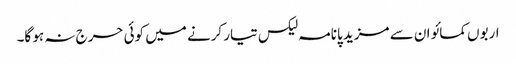
اربوں کمائو ان سے مزید پانامہ لیکس تیار کرنے میں کوئی حرج نہ ہو گا۔